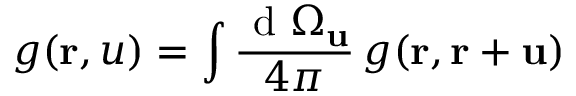
g ( \mathbf { r } , u ) = \int \frac { \mathrm { ~ d ~ } \Omega _ { \mathbf { u } } } { 4 \pi } \, g ( \mathbf { r } , \mathbf { r } + \mathbf { u } )